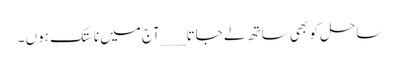
ساحل کو بھی ساتھ لے جاتا __ _آج میں ناستک ہوں ۔